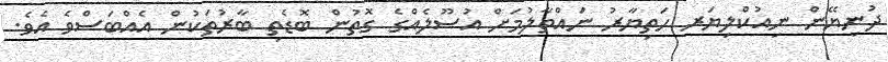
ދުނިޔޭން ނިއުކްލިޔަރ ހަތިޔާރު ނައްތާލުމަށް އުސޫލެއްގެ ގޮތުން ބޮޑެތި ބާރުތަކުން އެއްބަސްވެ އެވެ.